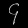
Digit: ၄